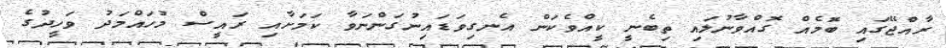
ރާއްޖޭގައި ބޮމެއް ގޮއްވާނުލައި ތިބެނީ ކީއްވެކަން އެނގިވަޑައިނުގަންނަވާ ކަމަށާއި ރައީސް މުހައްމަދު ވަހީދުގެ